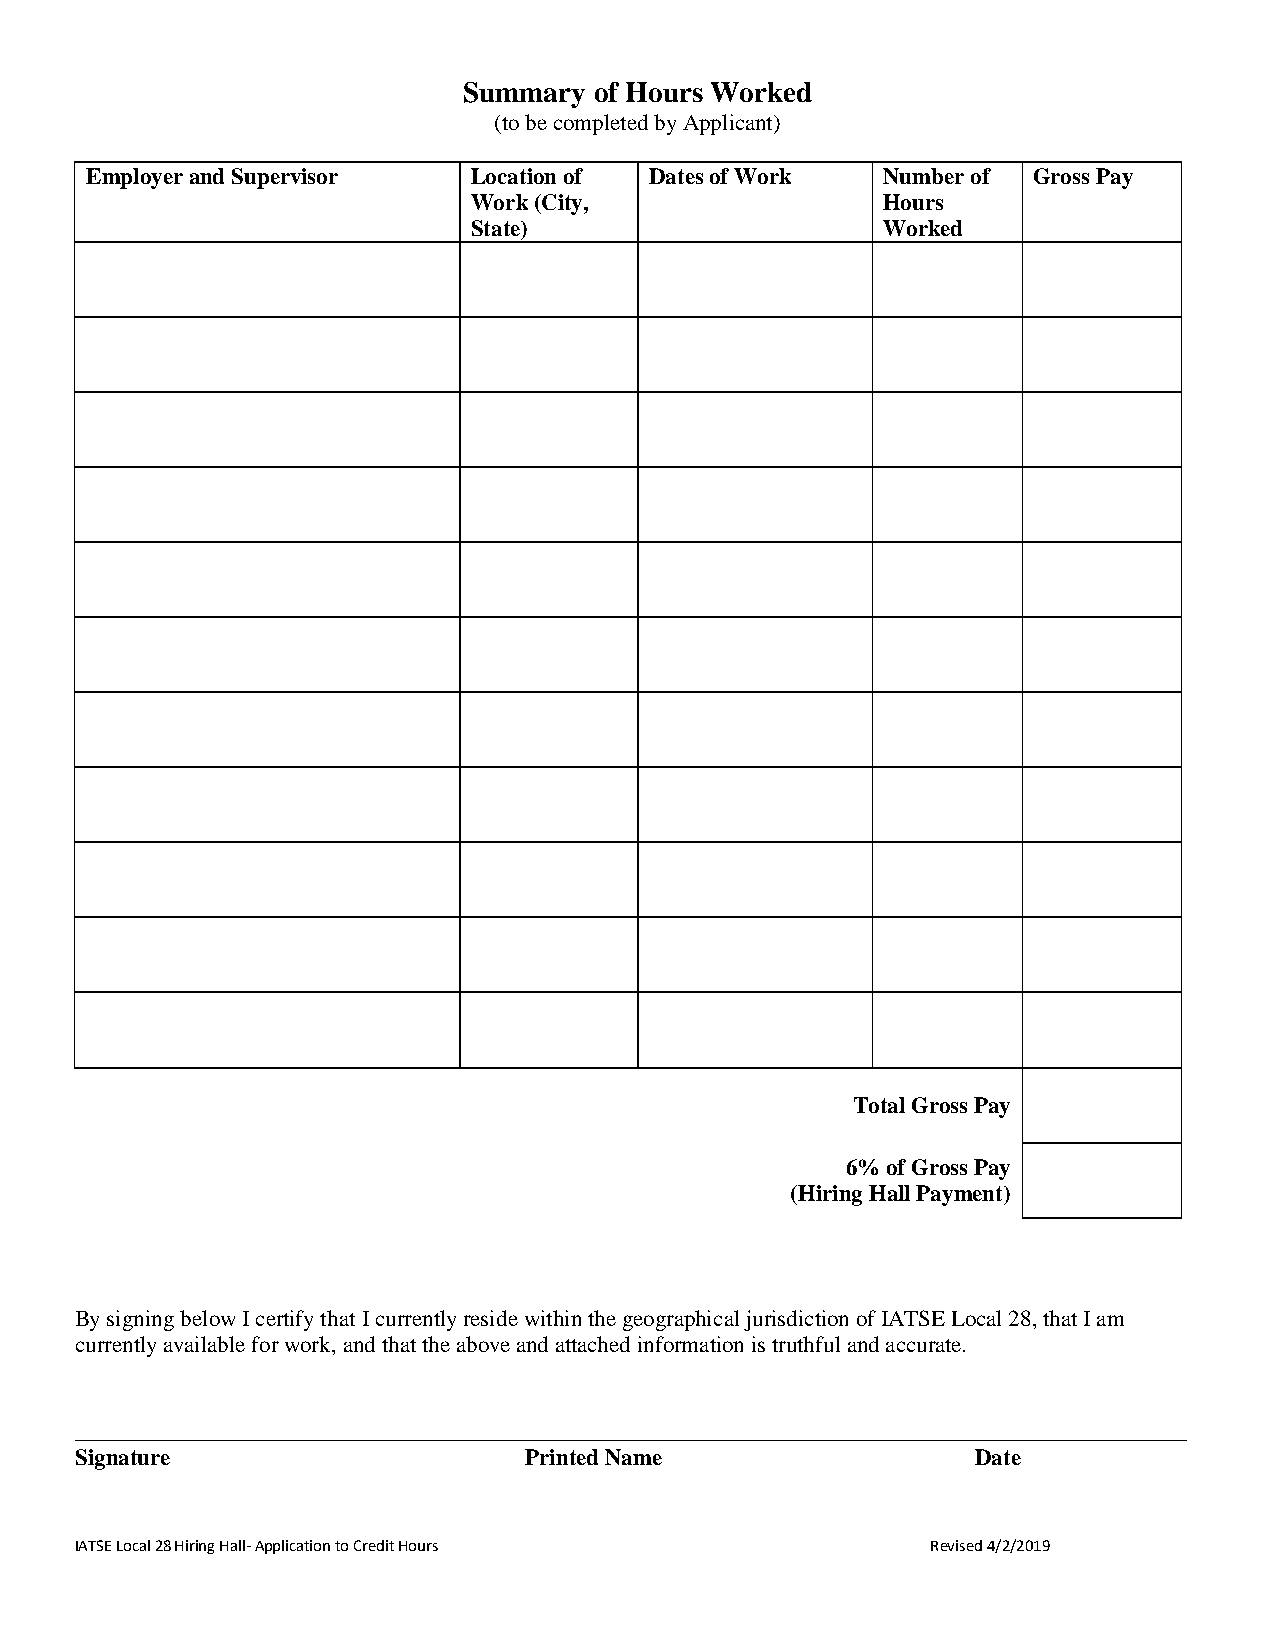
Summary of Hours Worked
 (to be completed by Applicant)
 Employer and Supervisor  Location of Dates of Work  Number of Gross Pay
 Work (City,                Hours
 State)                     Worked
 Total Gross Pay
 6% of Gross Pay
 (Hiring Hall Payment)
 By signing below I certify that I currently reside within the geographical jurisdiction of IATSE Local 28, that I am
 currently available for work, and that the above and attached information is truthful and accurate.
 _________________________________________________________________________________________________
 Signature                     Printed Name                  Date
 IATSE Local 28 Hiring Hall- Application to Credit Hours  Revised 4/2/2019